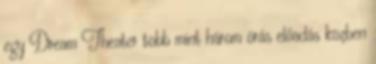
egy Dream Theater több mint három órás előadás közben